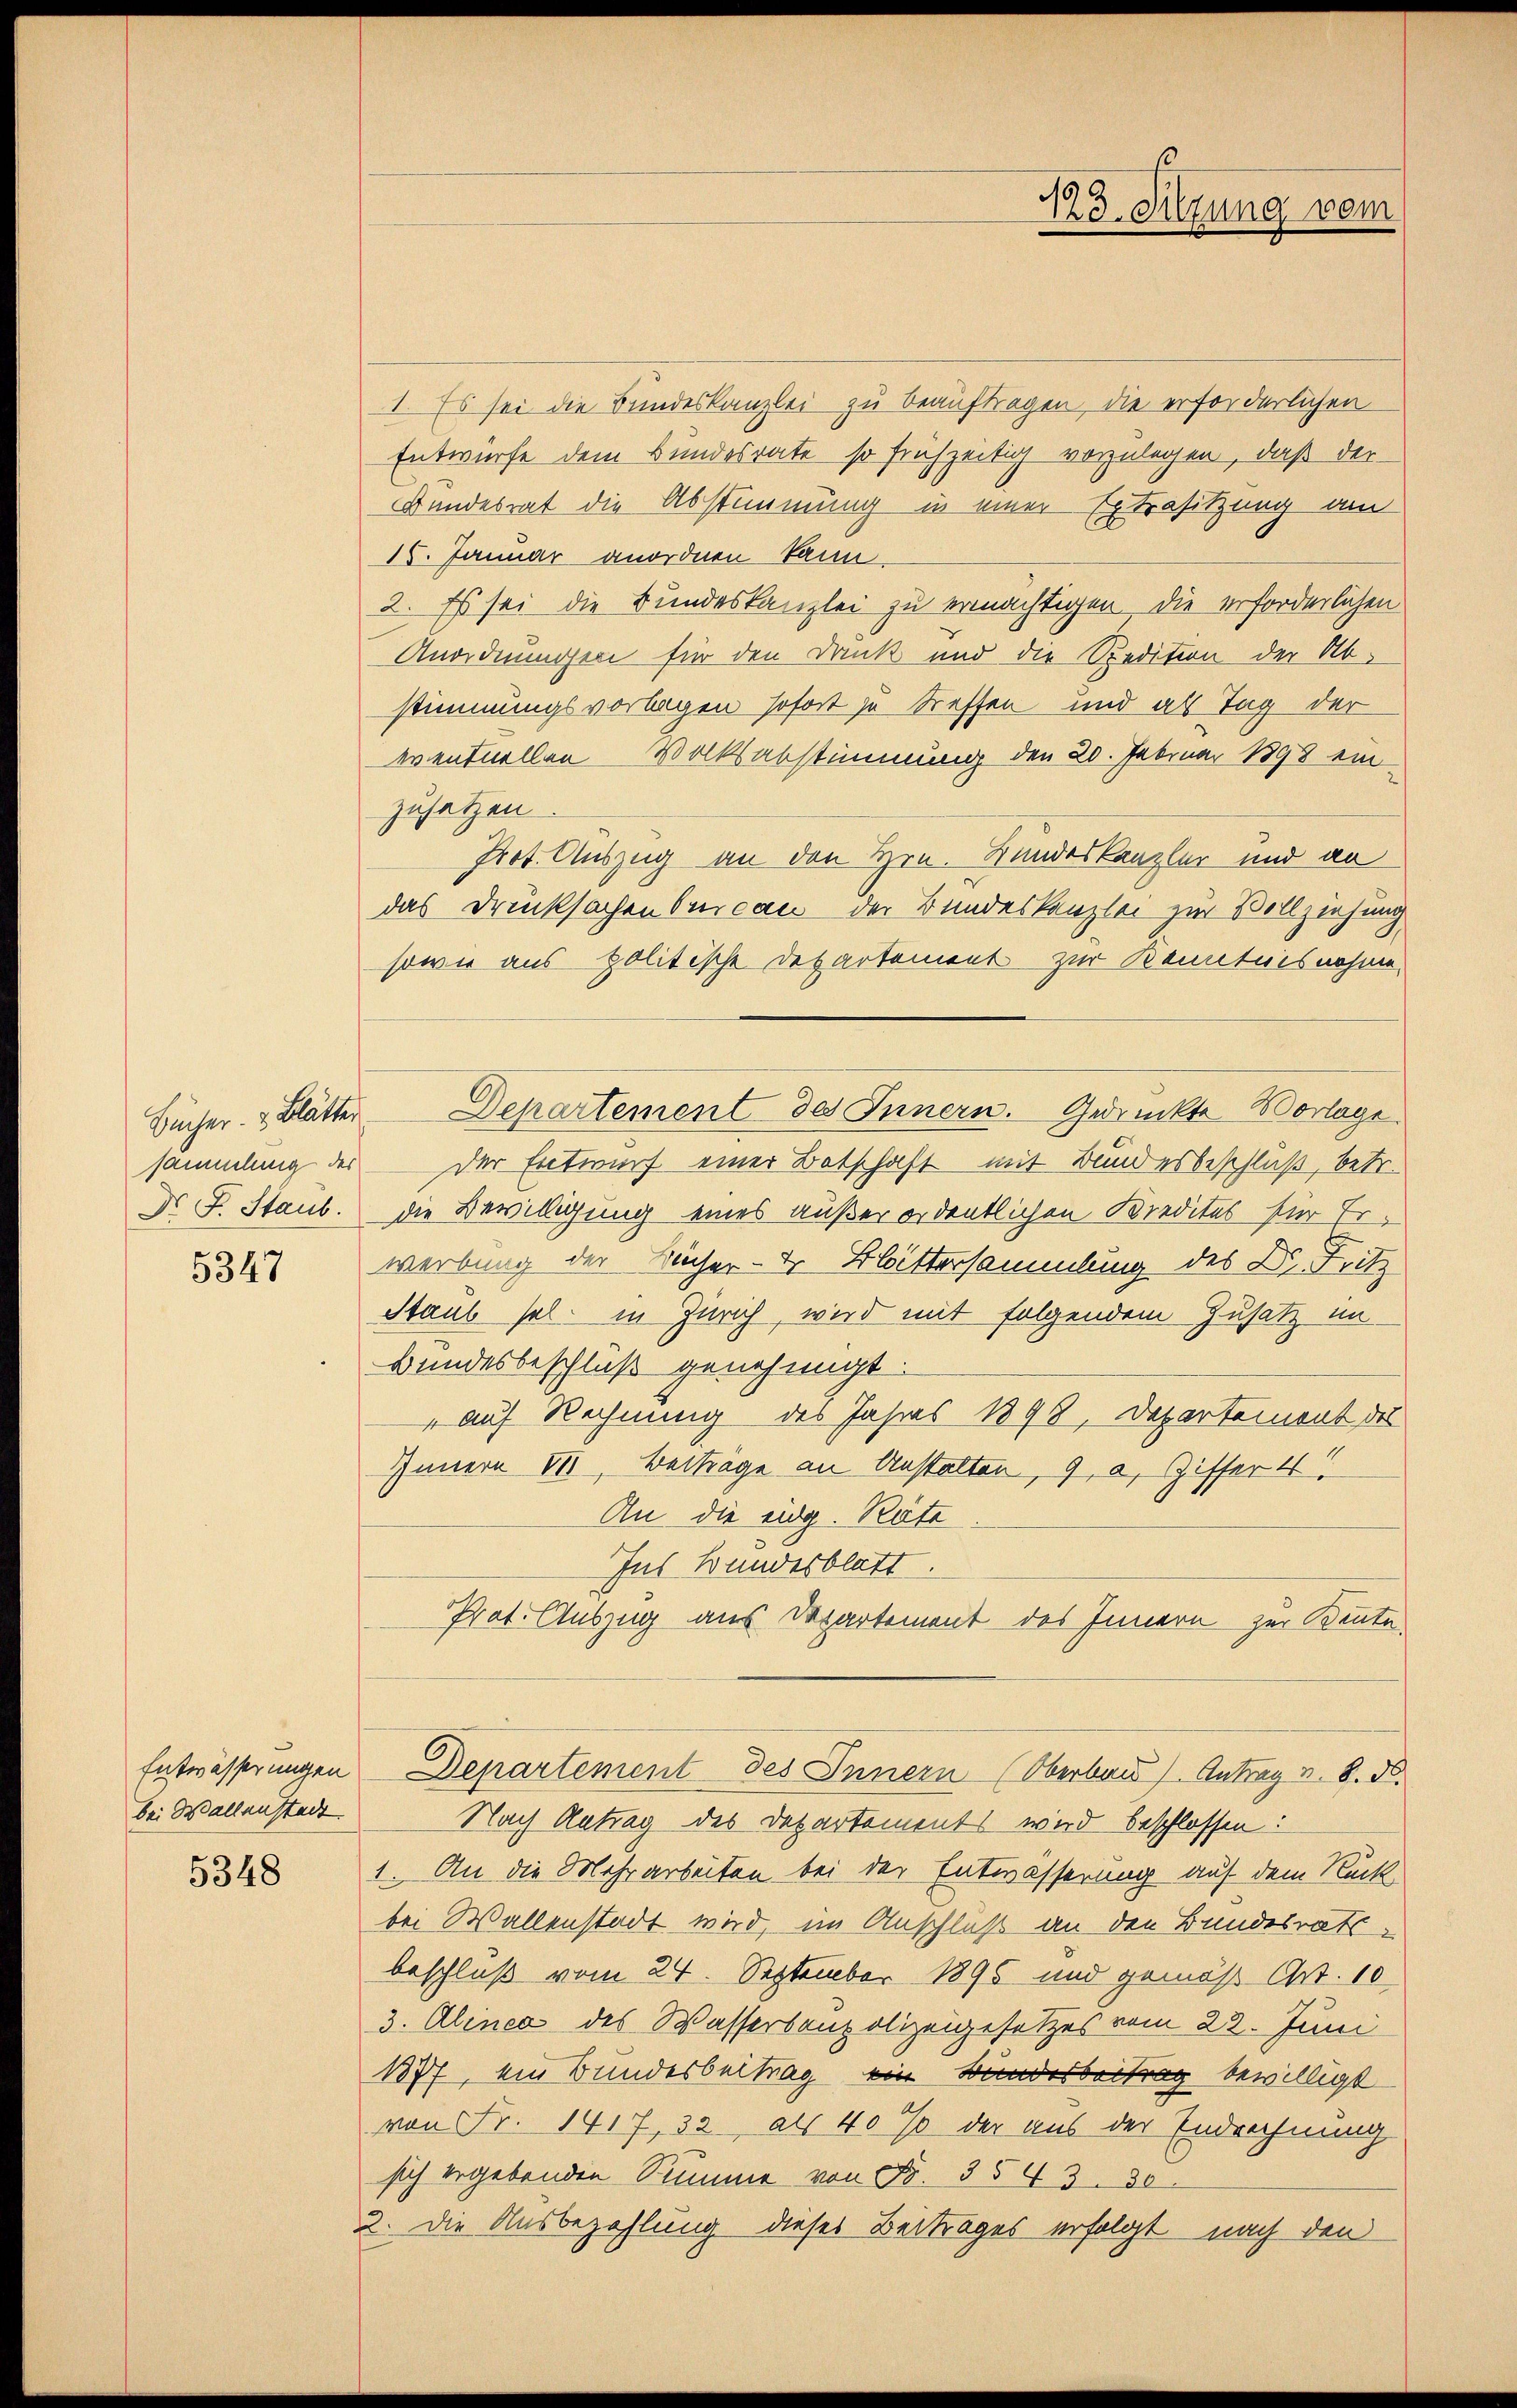
sammlung des
Dr. F. Staub.
5347

Entwässerungen
bei Wallenstadt.

5348

1. Es sei die Bundeskanzlei zu beauftragen, die erforderlichen
Entwurfe dem Bundesrate so frühzeitig vorzulegen, daß der
Standesrat die Abstimmung in einer Extrasitzung am
15. Januar anordnen kann.
2. Es sei die Bundeskanzlei zu ermächtigen, die erforderlichen
Anordnungen für den Druck und die Spedition der Ab-
stimmungsvorlagen sofort zu treffen und als Tag der
eventuellen Wolksabstimmung den 20. Februar 1898 ein
zusetzen
Pot. Auszug an den Hrn. Kundeskanzler und an
das Drucksachen brican der Bundeskanzlei zur Vollziehung
sowie aus politische Departement zur Kenntnisnehme
der Entwurf einer Botschaft mit Bundesbeschluß, betr.
die Bewilligung eines außer ordentlichen Kredites für Erwerbung der Bücher- & Bittersammlung des Dr. Fritz
Staub sel. in Zürich, wird mit folgendem Zusatz im
Bundesbeschluß genehmigt.
„auf Rechnung des Jahres 1898, Departement des
Innern VII, Beiträge an Anstalten, 9, a, Ziffer 4
An die eidg. Räte
Ins Bundesblatt.
Prot. Auszug aus Departement des Innern zur Bente
Departement des Innern (Oberband Antrag v. 8. d.
Nach Antrag des Departements wird beschlossen:
1. An die Mehrarbeiten bei der Entwässerung auf dem Rück
bei Wallenstadt wird, im Anschluß an den Bundesrath
beschluß vom 24. September 1896 und gemäß Art. 10
3. Alinea des Wasserbaupolizeigesetzes vom 22. Juni
1877, ein Bundesbeitrag ein Bundesbeitrag bewilligt
von Fr. 1417, 32, als 40% der aus der Endrechnung
sich ergebenden Summe von No. 3543. 30
2. Die Ausbezahlung dieses Beitrages erfolgt nach den

Bücher & Blätter Departement des Innern. Gedrückte Morlage

123. Sitzung vom